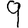
Digit: 9